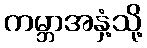
ကမ္ဘာအနှံ့သို့